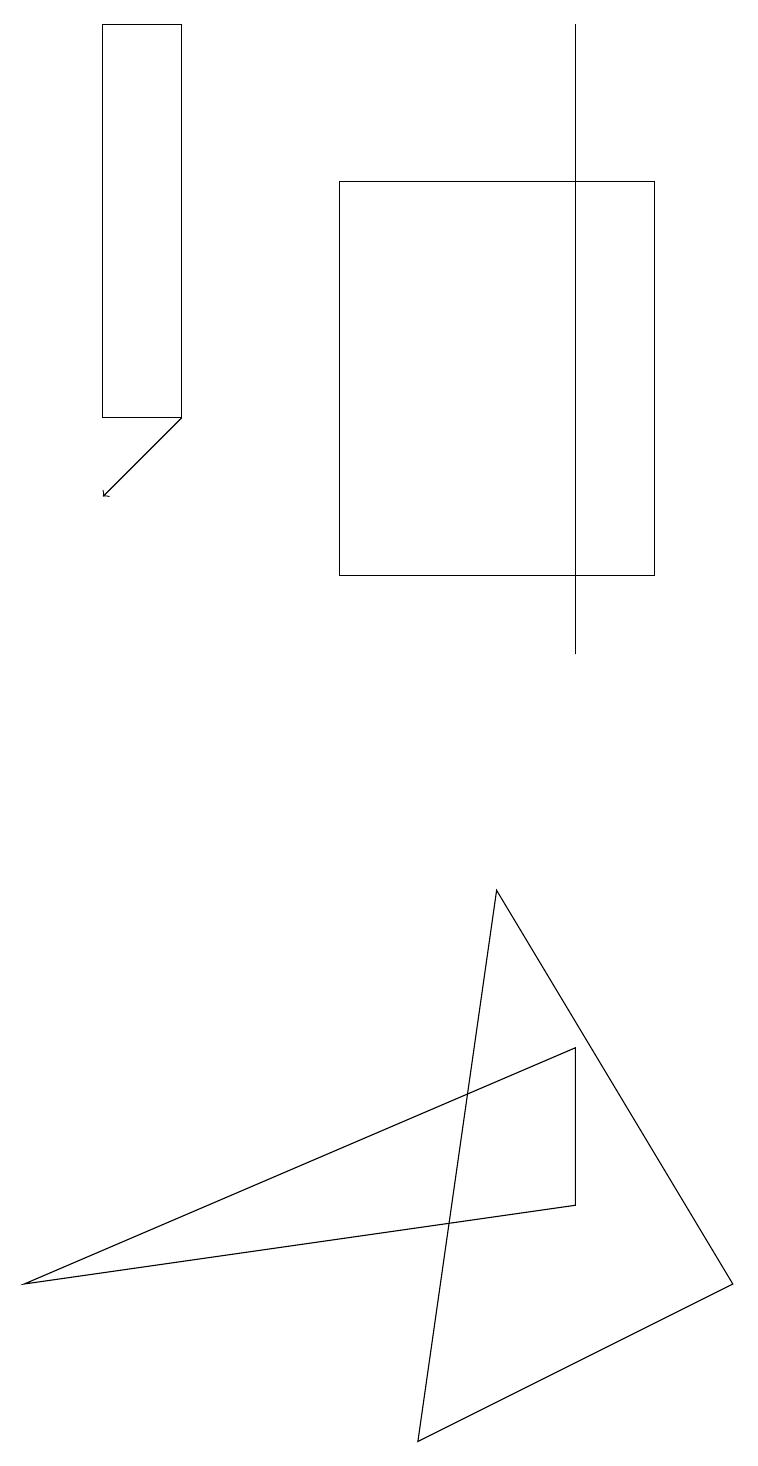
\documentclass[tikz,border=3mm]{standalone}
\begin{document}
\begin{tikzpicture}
\draw (0,3) -- (7,6) -- (7,4) -- cycle;
\draw (9,3) -- (5,1) -- (6,8) -- cycle;
\draw (8,17) rectangle (4,12);
\draw (2,19) rectangle (1,14);
\draw (7,11) rectangle (7,19);
\draw[->] (2,14) -- (1,13);
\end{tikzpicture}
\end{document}